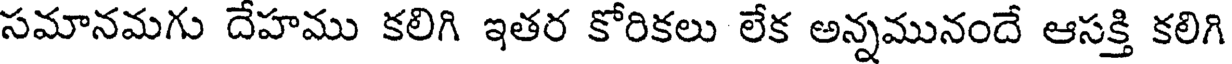
సమానమగు దేహము కలిగి ఇతర కోరికలు లేక అన్నమునందే ఆసక్తి కలిగి